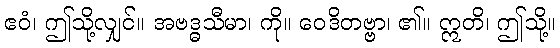
ဧဝံ၊ ဤသို့လျှင်။ အဗဒ္ဓသီမာ၊ ကို။ ဝေဒိတဗ္ဗာ၊ ၏။ ဣတိ၊ ဤသို့။